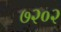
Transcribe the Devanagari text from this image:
७२०२